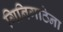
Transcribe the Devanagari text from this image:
गिनिगाठेना